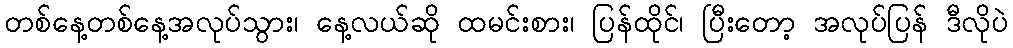
တစ်နေ့တစ်နေ့အလုပ်သွား၊ နေ့လယ်ဆို ထမင်းစား၊ ပြန်ထိုင်၊ ပြီးတော့ အလုပ်ပြန် ဒီလိုပဲ